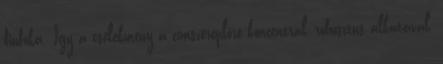
fiúfóka. Így a cselekmény a címszereplőre koncentrál, robusztus alkatával,